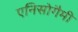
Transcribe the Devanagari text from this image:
एनिसोगैमी